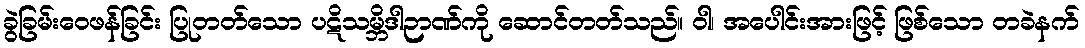
ခွဲခြမ်းဝေဖန်ခြင်း ပြုတတ်သော ပဋိသမ္ဘိဒါဉာဏ်ကို ဆောင်တတ်သည်။ ဝါ၊ အပေါင်းအားဖြင့် ဖြစ်သော တခဲနက်